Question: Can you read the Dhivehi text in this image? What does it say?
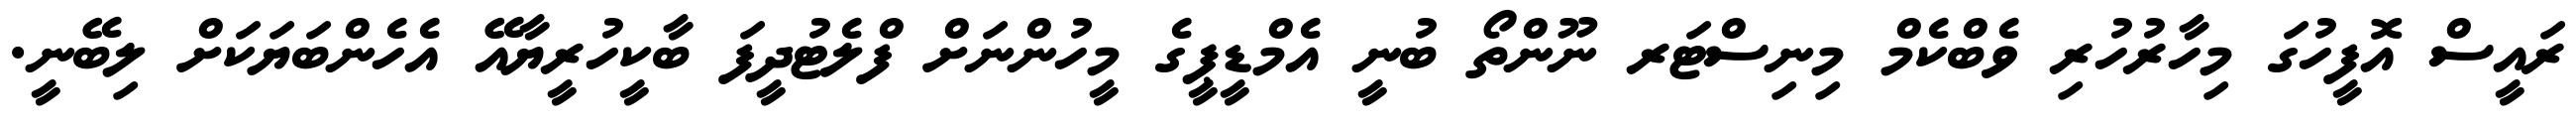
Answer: ރައީސް އޮފީހުގަ މިހާރުހުރި ވެބްކެމް މިނިސްޓަރ ނޫންތޯ ބުނީ އެމްޑީޕީގެ މީހުންނަށް ފްލެޓުދީފަ ބާކީހުރީޔާއޭ އެހެންބަޔަކަށް ލިބޭނީ.